Papers set at the Examination for Leaving Certificates, 1892
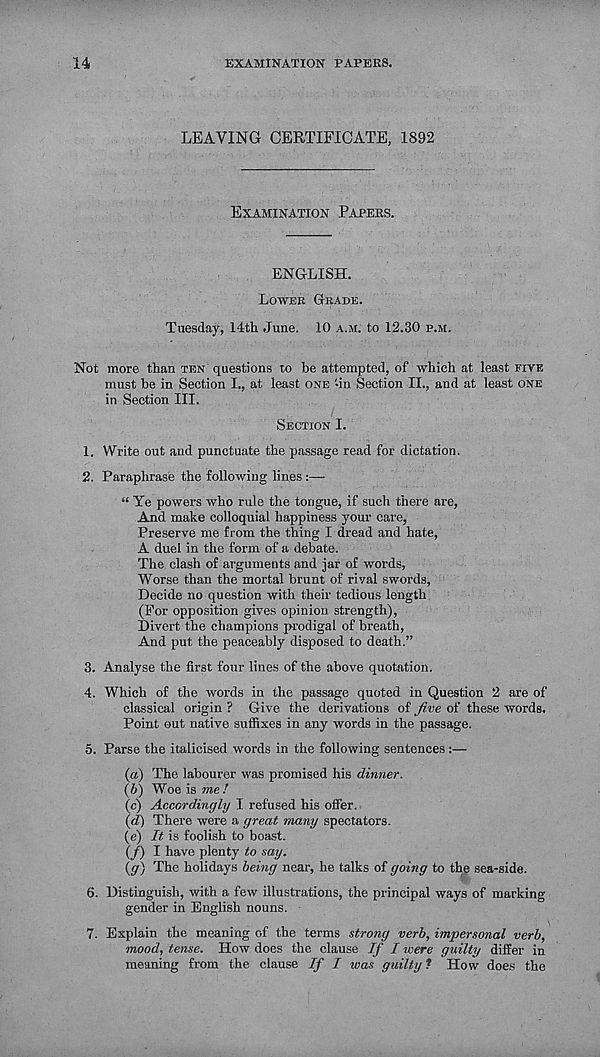
14
EXAMINATION PAPERS.
LEAVING CERTIFICATE, 1892
EXAMINATION PAPERS.
ENGLISH.
LOWER GRADE.
Tuesday, 14th June. 10 A.M. to 12.30 P.M.
Not more than TEN questions to be attempted, of which at least FIVE
must be in Section I., at least ONE -in Section II., and at least ONE
in Section III.
SECTION I.
1. Write out and punctuate the passage read for dictation.
2. Paraphrase the following lines :—
“ Ye powers who rule the tongue, if such there are,
And make colloquial happiness your care,
Preserve me from the thing I dread and hate,
A duel in the form of a debate.
The clash of arguments and jar of words,
Worse than the mortal brunt of rival swords,
Decide no question with their tedious length
(For opposition gives opinion strength),
Divert the champions prodigal of breath,
And put the peaceably disposed to death.”
3. Analyse the first four lines of the above quotation.
4. Which of the words in the passage quoted in Question 2 are of
classical origin ? Give the derivations of five of these words.
Point out native suffixes in any words in the passage.
5. Parse the italicised words in the following sentences :—
(a) The labourer was promised his dinner.
(b) Woe is me!
(c) Accordingly I refused his offer.
{d) There were a great many spectators.
(e) It is foolish to boast.
(/) I have plenty to say.
(g) The holidays being near, he talks of going to the sea-side.
6. Distinguish, with a few illustrations, the principal ways of marking
gender in English nouns.
7. Explain the meaning of the terms strong verb, impersonal verb,
mood, tense. How does the clause If I were guilty differ in
meaning from the clause If I was guilty * How does the